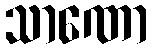
သာဏော